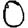
Digit: 0